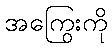
အကြွေးကို